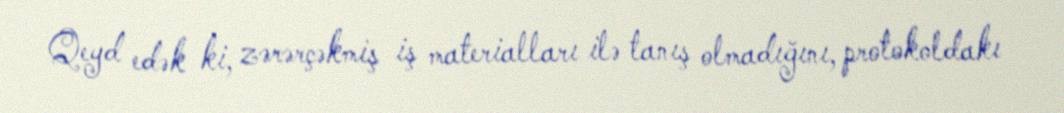
Qeyd edək ki, zərərçəkmiş iş materialları ilə tanış olmadığını, protokoldakı